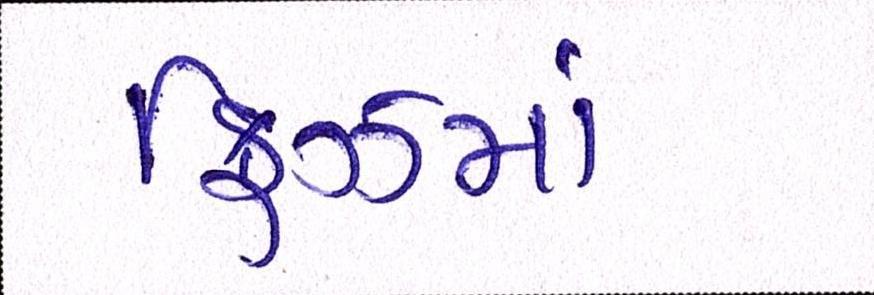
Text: ફ્રિઝમાં